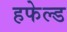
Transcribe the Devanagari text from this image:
हफेल्ड